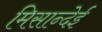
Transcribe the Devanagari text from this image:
मिसान्देई